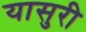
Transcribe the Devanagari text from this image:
यासुरी